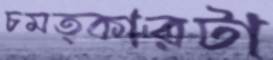
চমত্কারটা